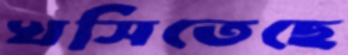
খসিতেছে